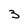
Character: 3